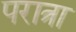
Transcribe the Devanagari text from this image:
परात्रा